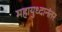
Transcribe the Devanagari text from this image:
महायुध्दानंतर